65_HS1-834228961_62-HQ-83894_Section_8
Agency: FBI
Page 116
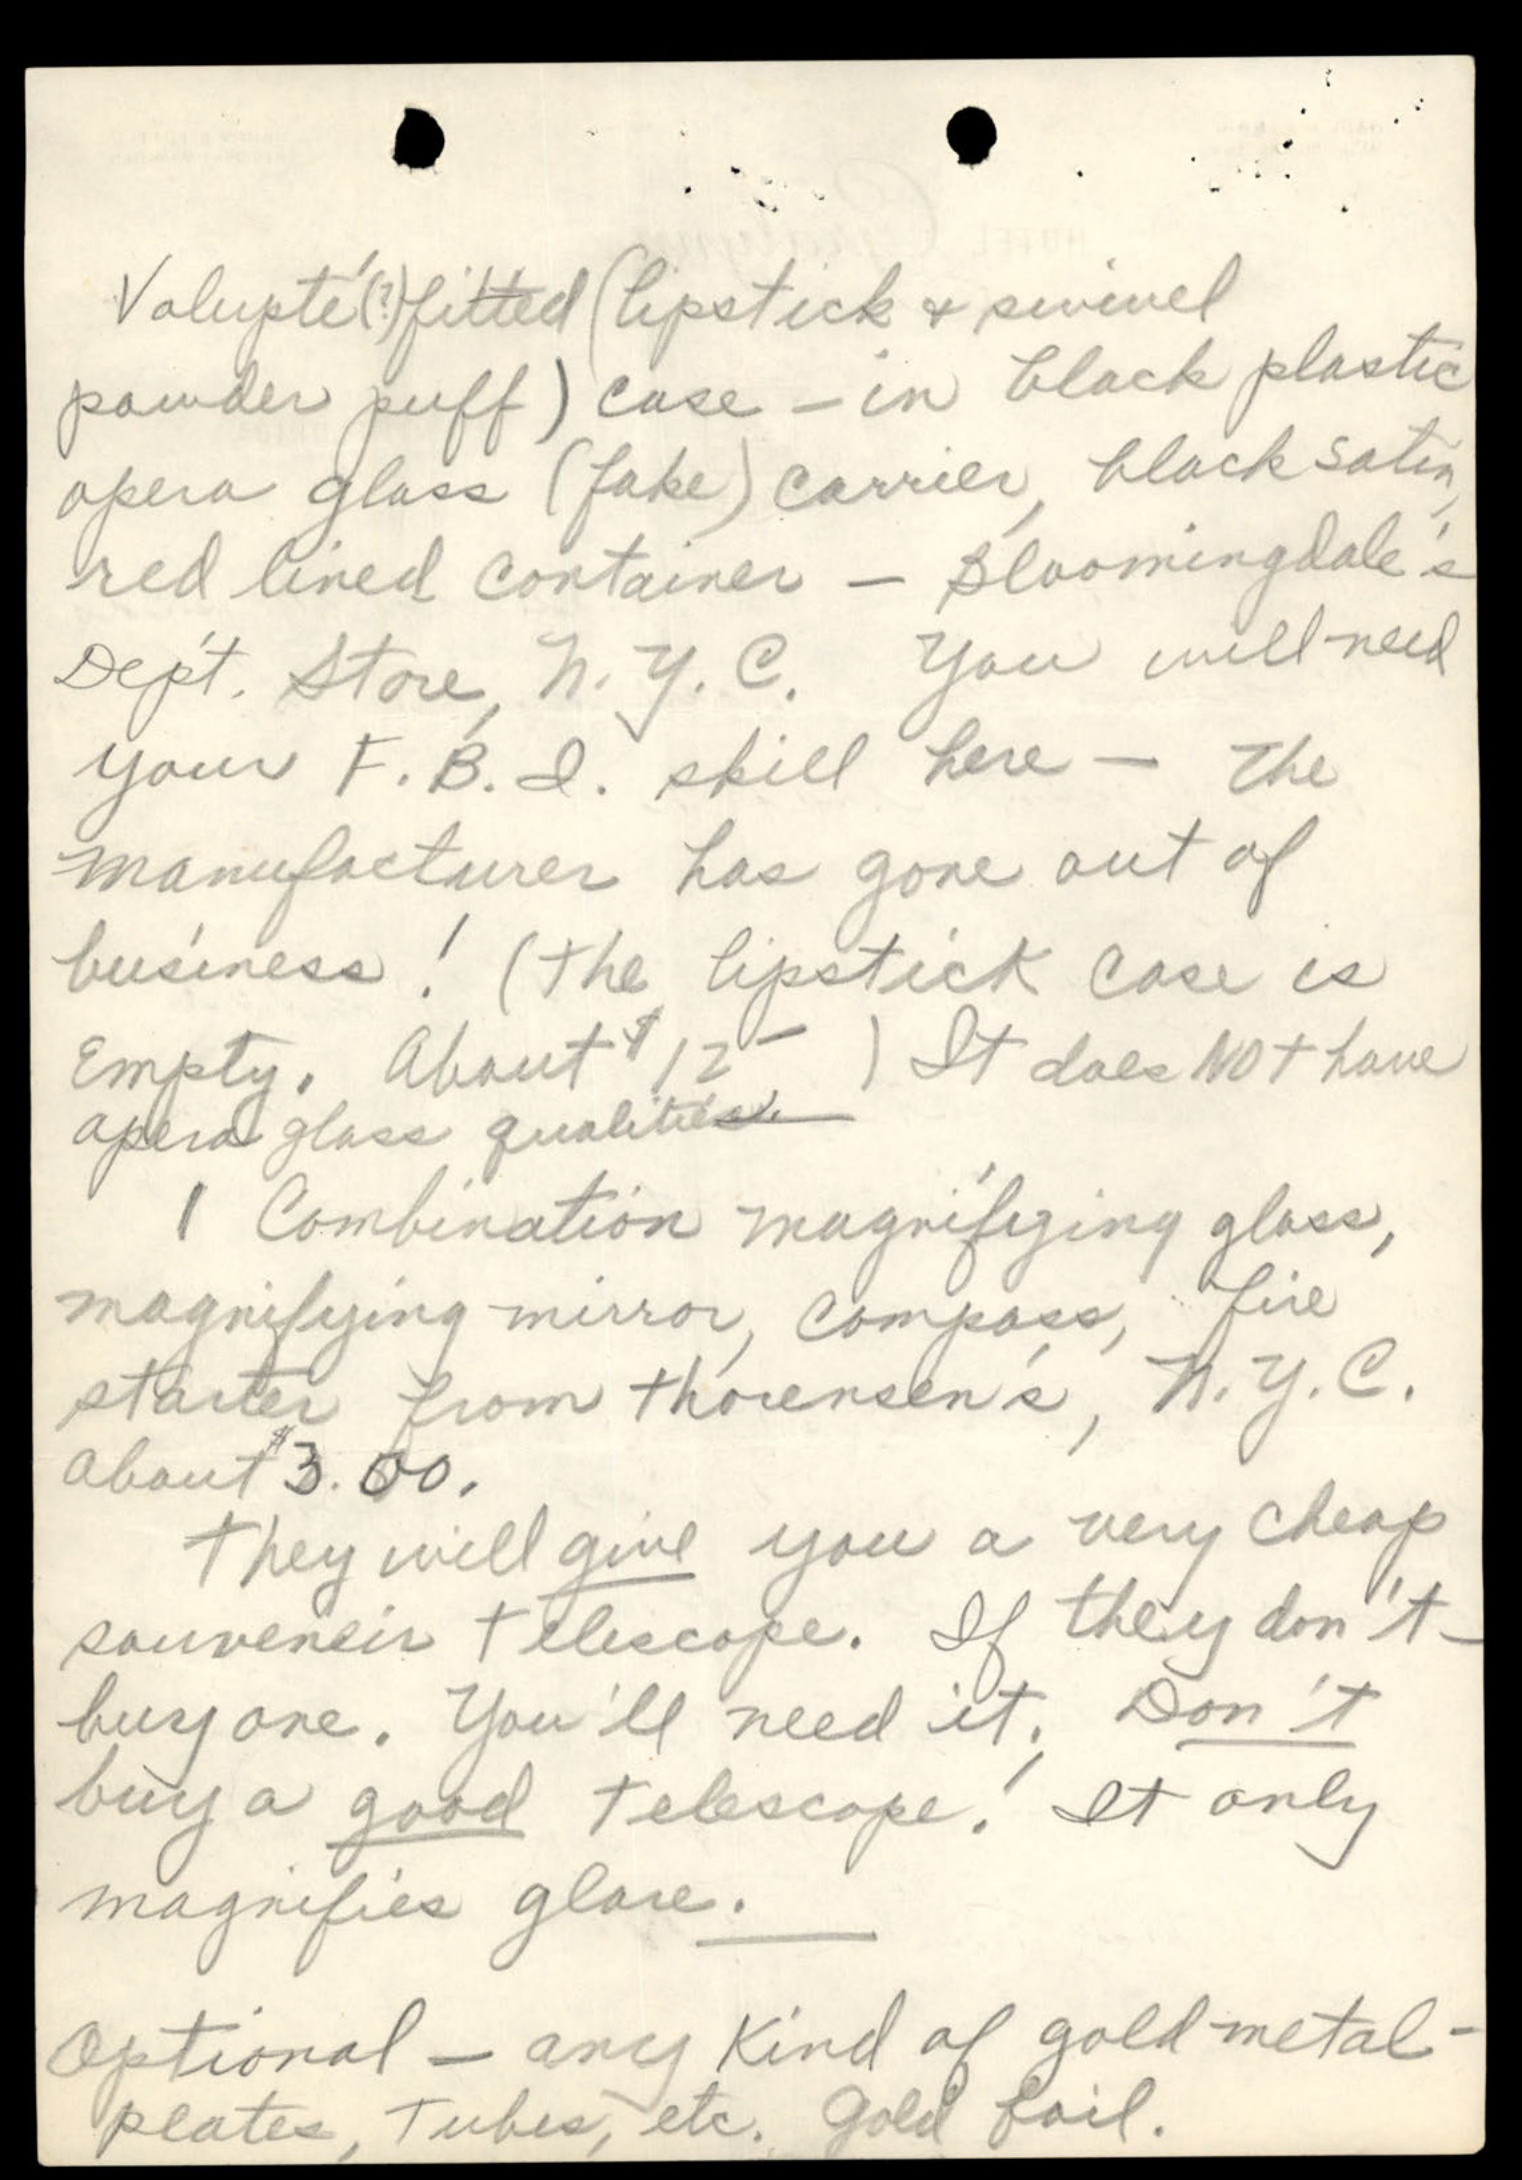